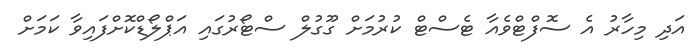
އަދި މިހާރު އެ ސޮފްޓްވެއާ ޓެސްޓް ކުރުމަށް ގޫގުލް ސްޓޯރުގައި އަޕްލޯޑްކޮށްފައިވާ ކަމަށް